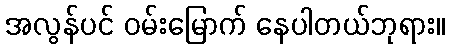
အလွန်ပင် ဝမ်းမြောက် နေပါတယ်ဘုရား။